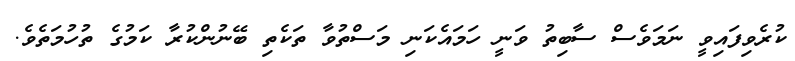
ކުރެވިފައިވީ ނަމަވެސް ސާބިތު ވަނީ ހަމައެކަނި މަސްތުވާ ތަކެތި ބޭނުންކުރާ ކަމުގެ ތުހުމަތެވެ.